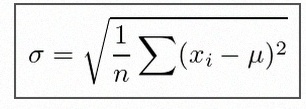
\sigma=\sqrt{\frac1n\sum(x_i-\mu)^2}